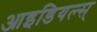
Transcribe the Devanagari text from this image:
आइडियल्स्‌